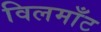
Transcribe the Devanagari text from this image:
विलमाँट